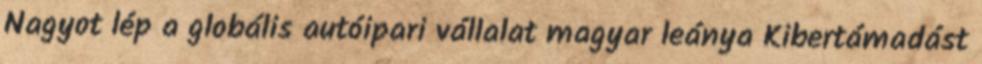
Nagyot lép a globális autóipari vállalat magyar leánya Kibertámadást